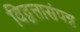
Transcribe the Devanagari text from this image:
विद्वत्तासंपन्न